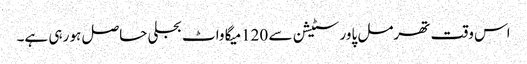
اس وقت تھرمل پاور سٹیشن سے 120میگا واٹ بجلی حاصل ہو رہی ہے۔